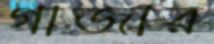
গাজার